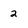
Character: 2